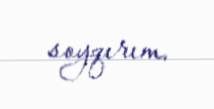
soyqırım.